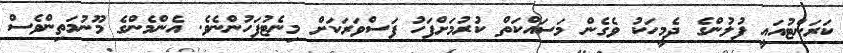
ކަރަންޓުއައީ ފުލުންގެ ދެމީހަކު ވެގެން މަސައްކަތް ކުރުމަށްފަހު ފަސްވަރަކަށް މިނެޓުފަހުންނެވެ. އެންމެންގެ މޫނުމަތިންވެސް